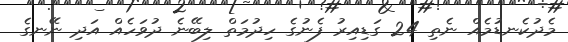
މެދުކެނޑުމެއް ނެތި 24 ގަޑިއިރު ފެނުގެ ހިދުމަތް ލިބޭނެ ދުވަހެއް އަދި ނޭނގެ